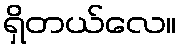
ရှိတယ်လေ။